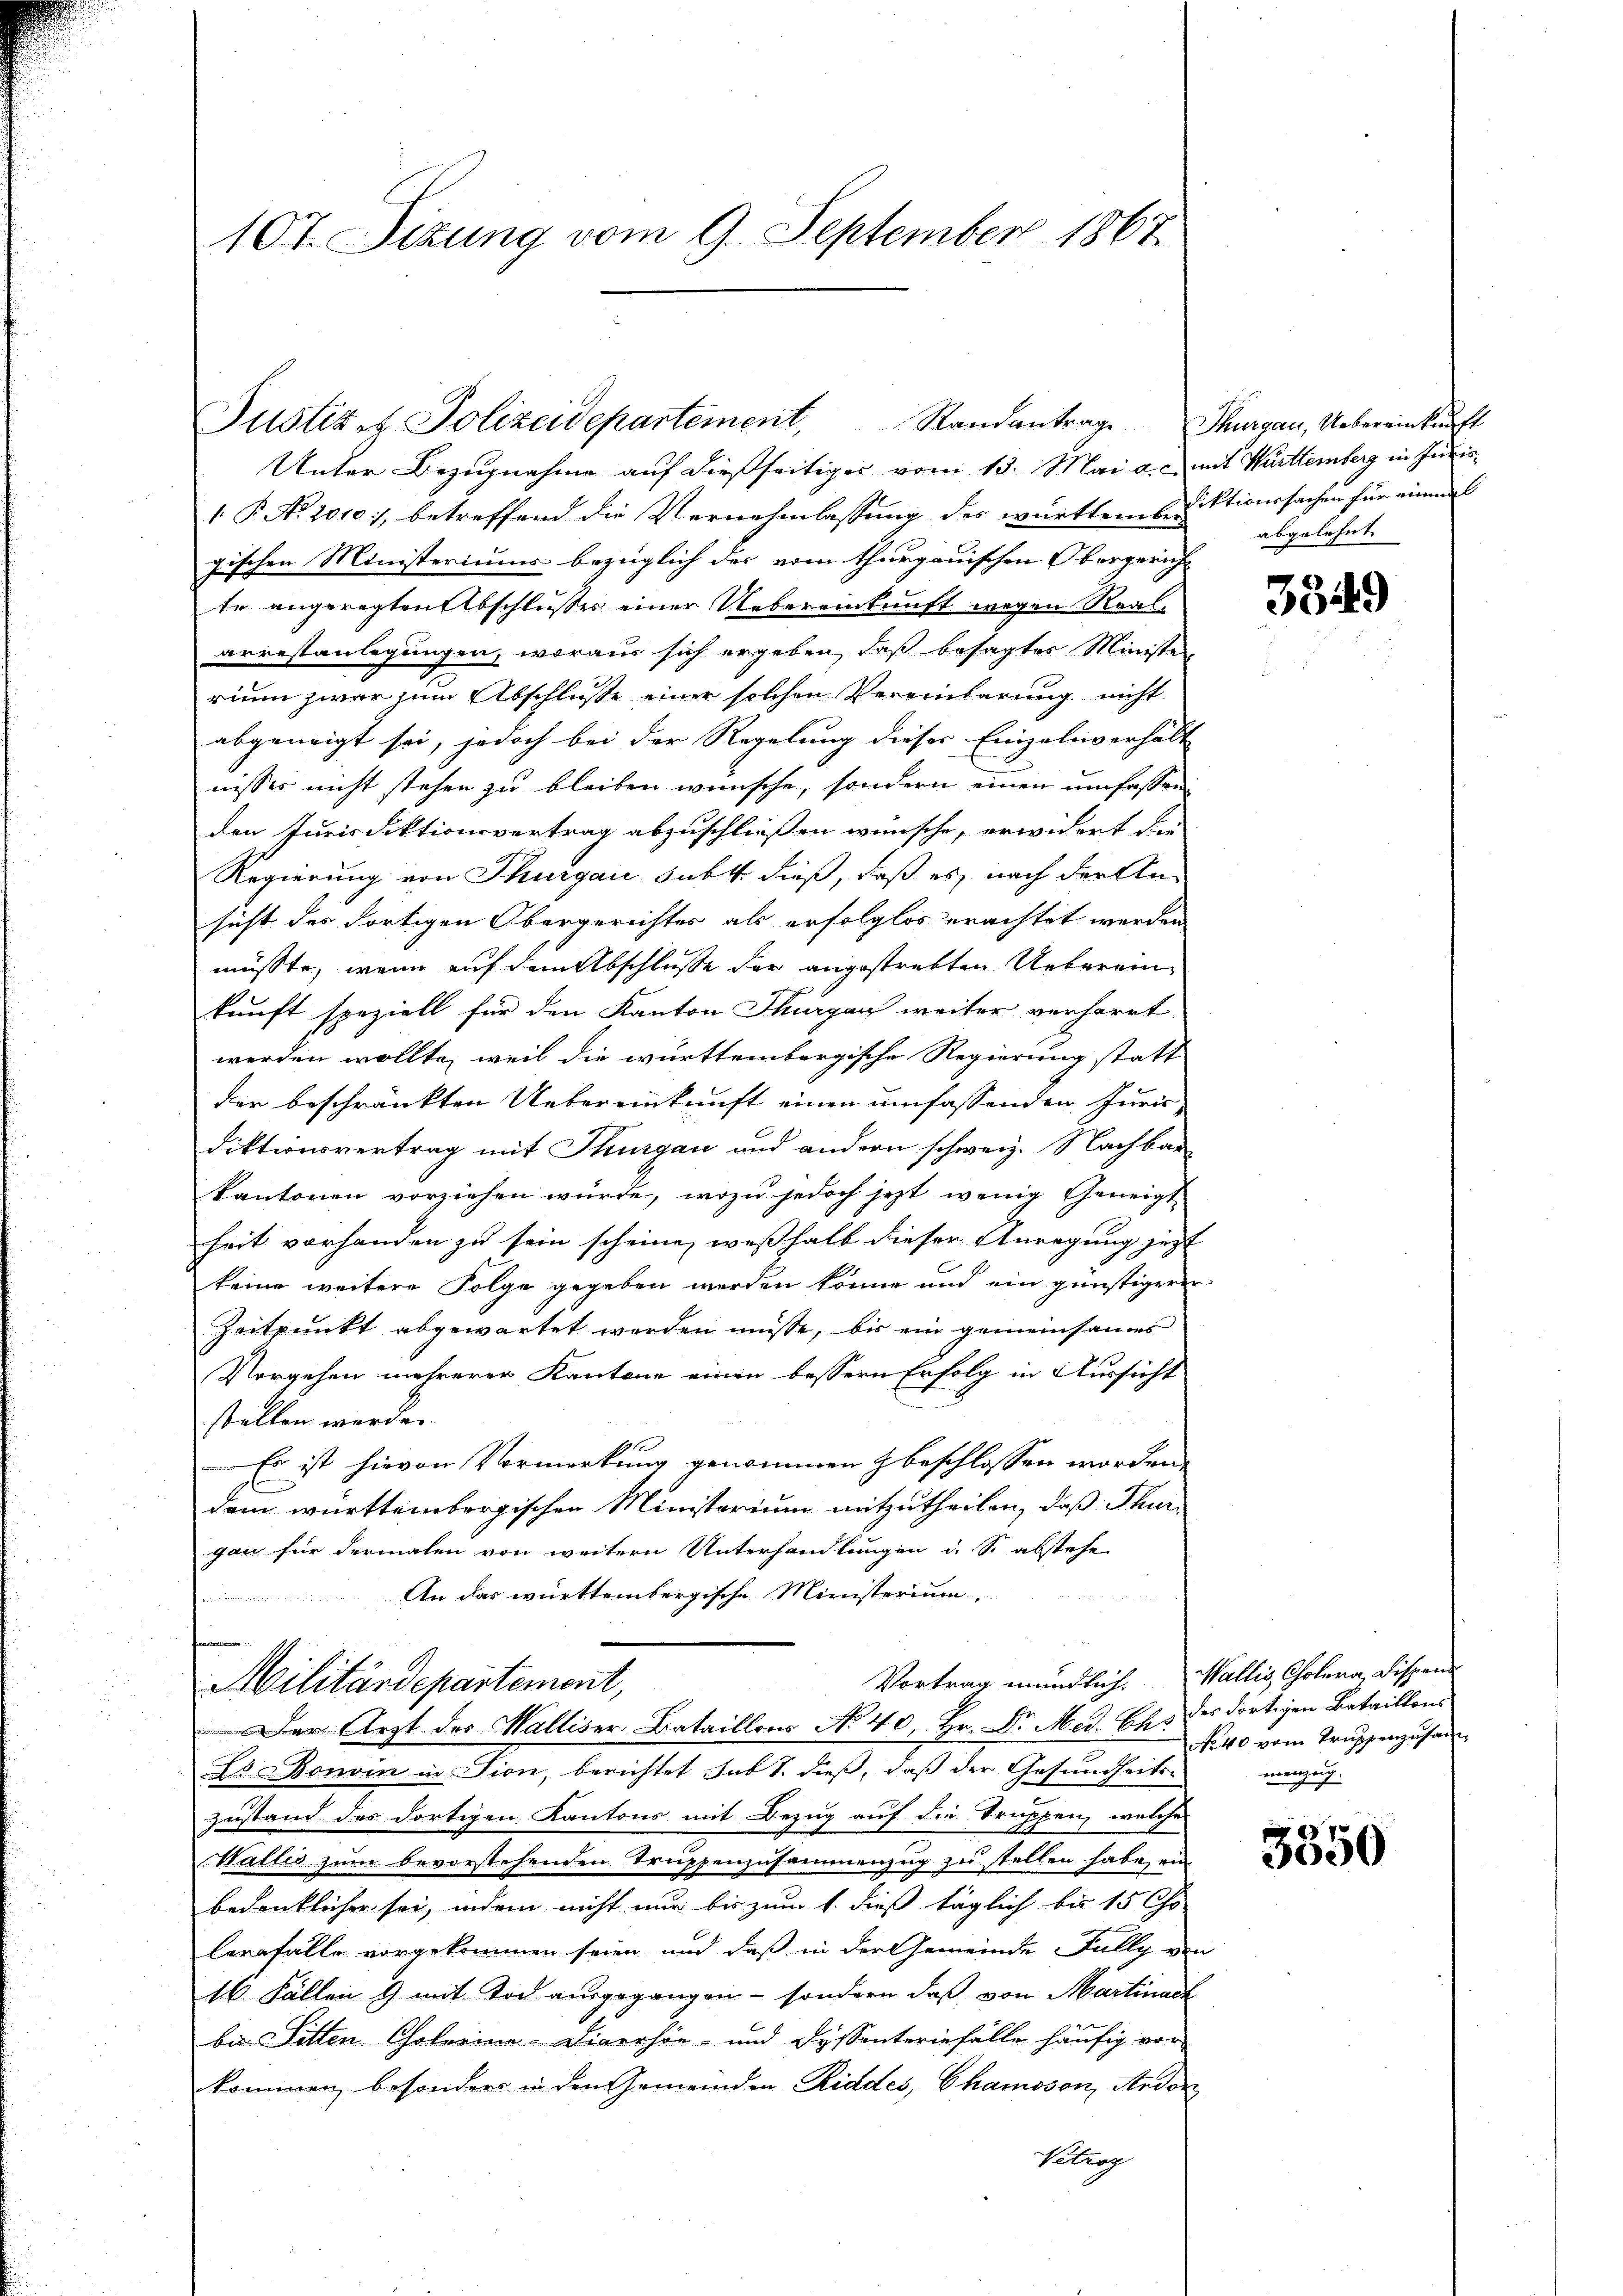
Justiz & Polizeidepartement, Standantrage Thurgau, Uebereinkunft

107. Sizung vom 9. September 1867

Unter Bezugnahme auf dießseitiger vom 13. Mai a. c. mit Württemberg in Juris
1 P. A. 2010), betreffend die Vernehmlassung des württems. Diktionssachen für einem
gischen Ministeriums bezüglich des vom thurgauischen Obergericht
te angeregten Abschlusses einer Uebereinkunft wegen Real-
arrestanlegungen, woraus sich ergeben, daß besagter Ministe
rium zwar zum Abschlusse einer solchen Vereinbarung nicht
abgeneigt sei, jedoch bei der Regelung dieses Einzeln verhält
nisses nicht stehen zu bleiben wünsche, sondern einen umfassen
den Jurisdiktionsvertrag abzuschließen wünsche, erwidert die
Regierung von Thurgau subt. dieß, daß es, nach der An-
sicht das dortigen Obergerichtes als erfolglos erachtet werden
müsste, wenn auf dem Abschlusse der angestrebten Uebereinkunft speziell für den Kanton Thurgau weiter verharrt
werden wollte, weil die württembergische Regierung statt
der beschränkten Uebereinkunft einen umfassenden Juris-
diktionsvertrag mit Thurgau und andern schweiz. Nachbar-
kantonen vorziehen würde, wozu jedoch jezt wenig Geneigt
heit vorhanden zu sein scheine, weßhalb dieser Anregung jezt
keine weitere Folge gegeben werden könne und ein günstigerer
Zeitpunkt abgewartet werden müsse, bis ein gemeinsames
Vorgehen mehrerer Kantone einen bessern Erfolg in Aussicht
stellen werde.
Es ist hievon Vormerkung genommen beschlossen worden.
dem württembergischen Ministerium mitzutheilen, daß Thurgan für dermalen von weitern Unterhandlungen u. So abstehe
An das württembergische Ministerium

seinen
Vortrag mündlich. Wallis, Cholera, Dispend
Militärdepartement,
Der Arzt des Walliser Bataillons No 40, Hr. Dr. Med. Als der dortigen Bataillons
Es Bonvin in Lion, berichtet sub S. dieß, daß der Gesundheits-
zustand des dortigen Kantons mit Bezug auf die Truppen, welche
Wallis zum bevorstehenden Truppenzusammenzug zu stellen habe, ein
bedenklicher sei, indem nicht nur bis zum 1. dieß täglich bis 15 Chr
lernfalle vorgekommen seien und daß in der Gemeinde Fully v.
16. Fällen & mit Tod ausgegangen - sondern daß von Martinach
bis Sitten Chotorina-Diverhör- und dessenterinfälle häufig vor-
kommen, besonders in den Gemeinden Riddes, Chamoson, Ardor
Petrag

abgelehnt

3549

No 40 vom Truppenzusam
menzug.

3350